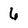
Character: 6